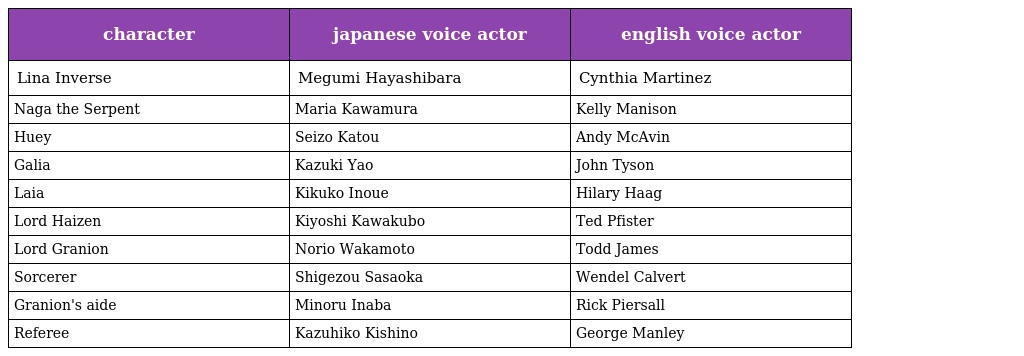
| character | japanese voice actor | english voice actor |
 | --- | --- | --- |
 | Lina Inverse | Megumi Hayashibara | Cynthia Martinez |
 | Naga the Serpent | Maria Kawamura | Kelly Manison |
 | Huey | Seizo Katou | Andy McAvin |
 | Galia | Kazuki Yao | John Tyson |
 | Laia | Kikuko Inoue | Hilary Haag |
 | Lord Haizen | Kiyoshi Kawakubo | Ted Pfister |
 | Lord Granion | Norio Wakamoto | Todd James |
 | Sorcerer | Shigezou Sasaoka | Wendel Calvert |
 | Granion's aide | Minoru Inaba | Rick Piersall |
 | Referee | Kazuhiko Kishino | George Manley |